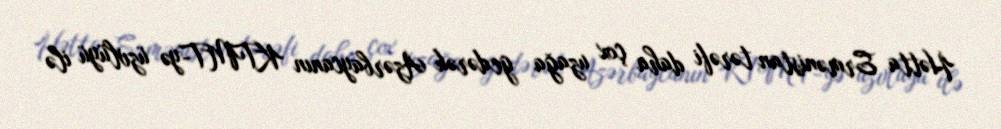
Hətta Ermənistan tərəfi daha çox uzağa gedərək Azərbaycanın KTMT-yə üzvlüyü ilə